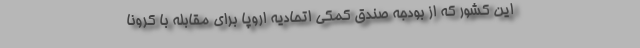
این کشور که از بودجه صندق کمکی اتحادیه اروپا برای مقابله با کرونا